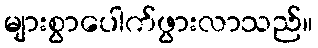
များစွာပေါက်ဖွားလာသည်။